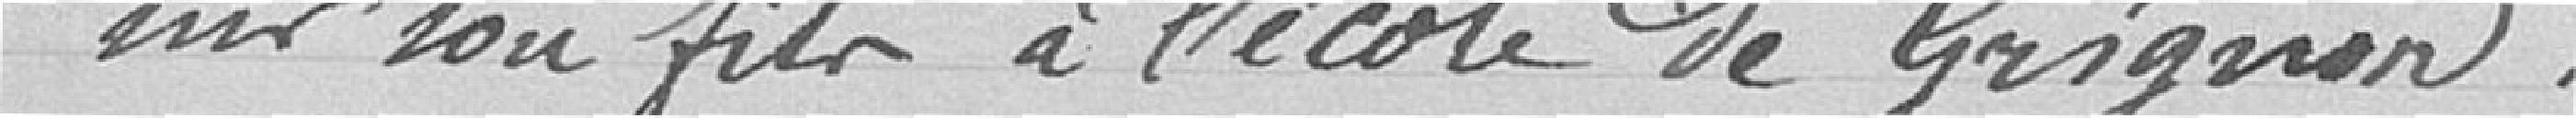
nir son fils à l'école de Grignon.